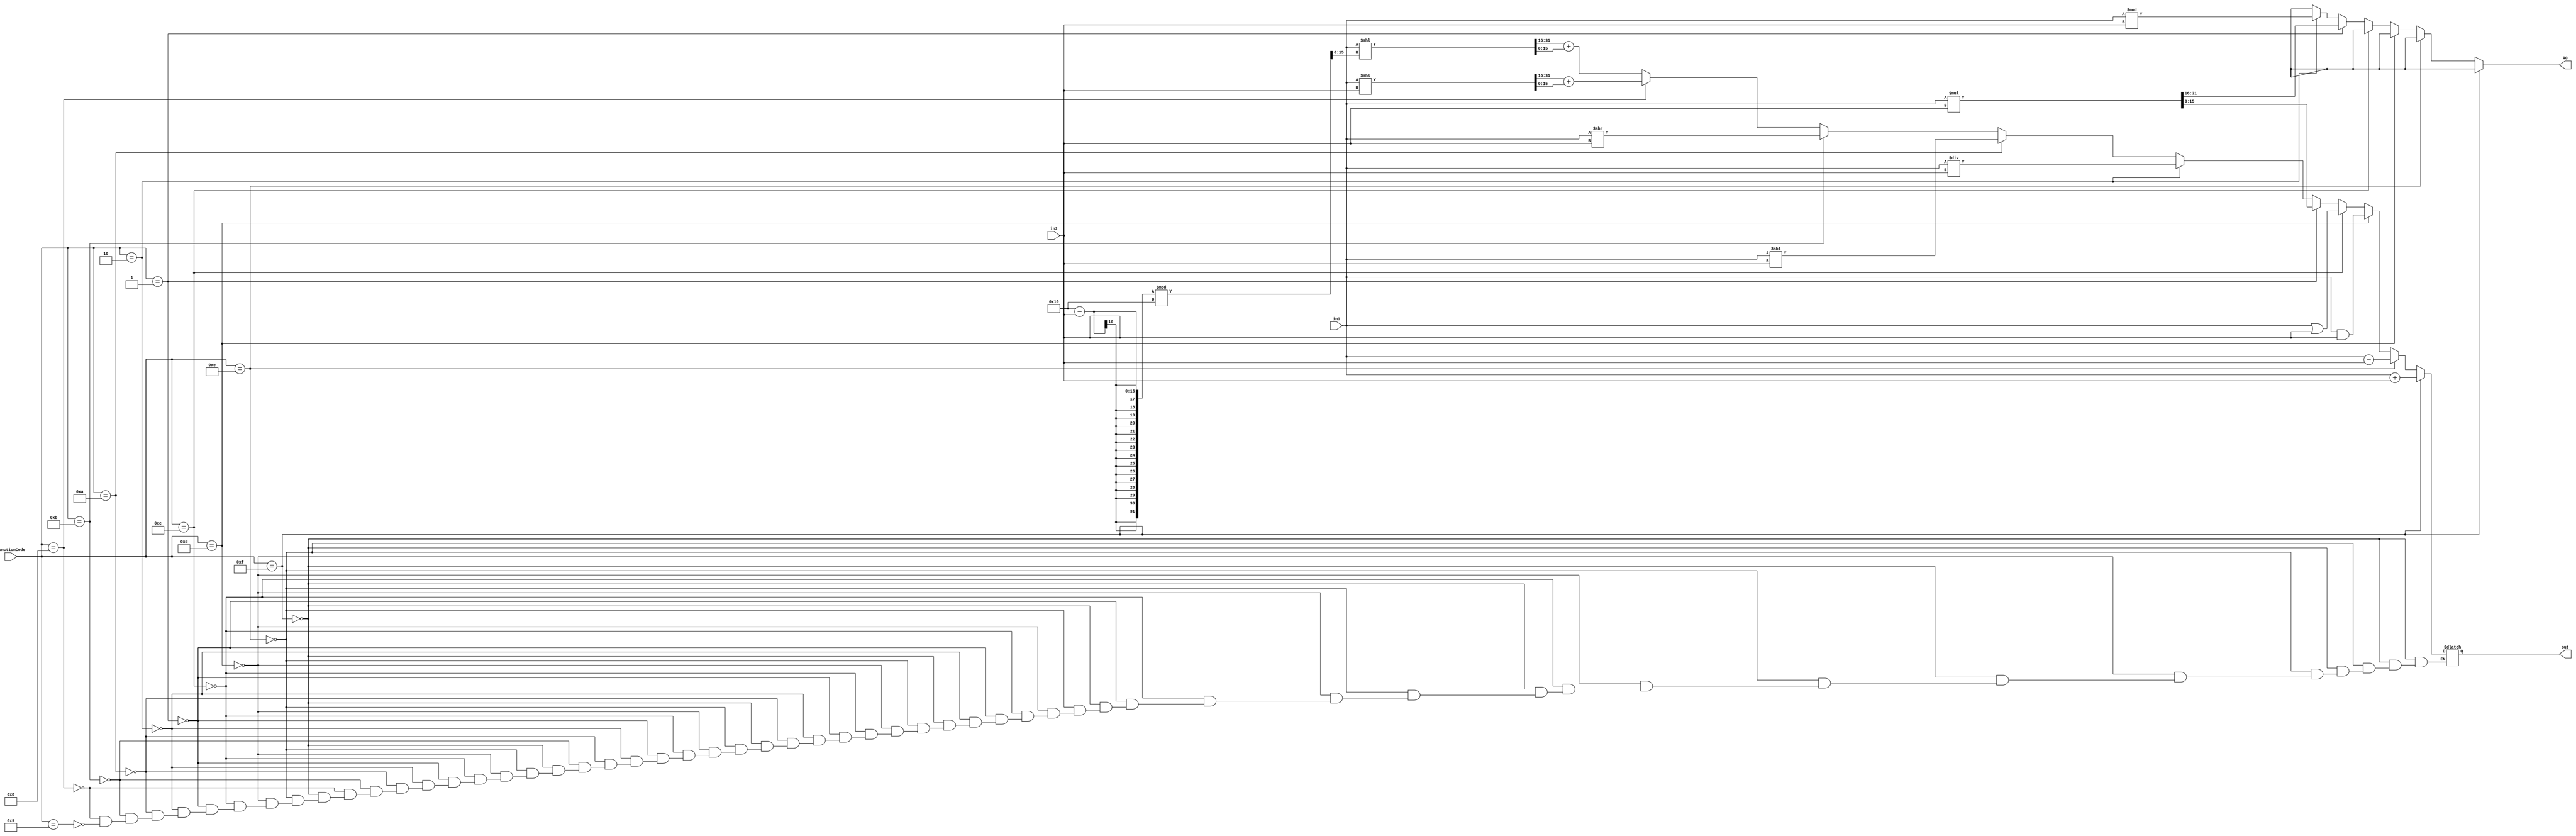
module ALU(input[3:0]         functionCode, 
           input signed[15:0] in1, in2,
           output reg[15:0]   out, R0);
 
reg [15:0] overFlow;
reg [15:0] temp, temp2;

always@(*) 
begin
   R0 = 16'hxxxx;

   if (functionCode == 4'b1111)			    //signed addition
      begin
         out = in1 + in2;
      end
   else if (functionCode == 4'b1110)		//signed subtraction
      begin
         out = in1 - in2;
      end
   else if (functionCode == 4'b1101)		//bitwise and
      begin
         out = in1 & in2;
      end
   else if (functionCode == 4'b1100) 		//bitwise or
      begin
         out = in1 | in2;
      end
   else if (functionCode == 4'b0001) 		//signed multiplication
      begin
         {R0, out} = in1 * in2;
      end
   else if (functionCode == 4'b0010) 		//signed division
      begin
         out = in1 / in2;
         R0  = in1 % in2;
      end
   else if (functionCode == 4'b1010)		//logical shift left
      begin
         out = in1 << in2;
      end
   else if (functionCode == 4'b1011) 		//logical shift right
      begin
         out = in1 >> in2;
      end
   else if (functionCode == 4'b1000)		//rotate left
      begin
         {overFlow, temp} = in1 << in2;
         out = overFlow + temp;
      end
   else if (functionCode == 4'b1001)		//rotate right
      begin
         temp2 = (16 - in2) % 16;
         {overFlow, temp} = in1 << temp2;
         out = overFlow + temp;	
      end
end

endmodule